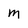
Character: m